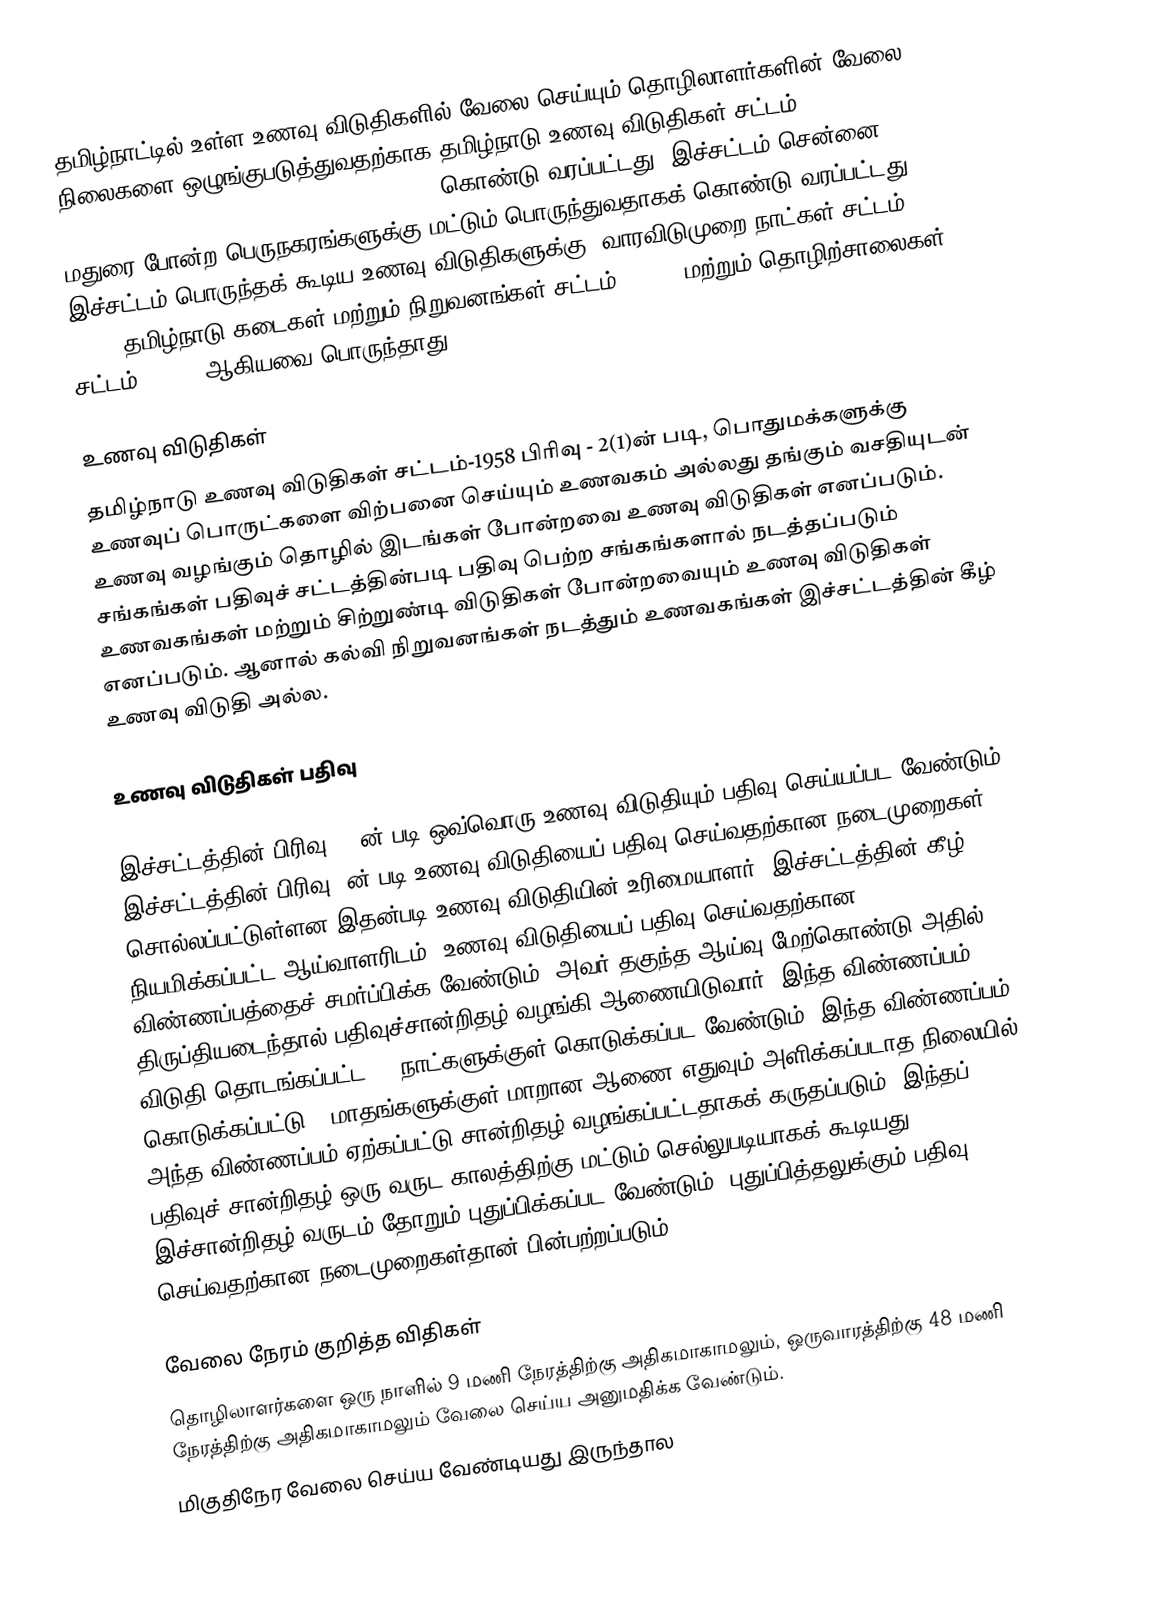
தமிழ்நாட்டில் உள்ள உணவு விடுதிகளில் வேலை செய்யும் தொழிலாளர்களின் வேலை நிலைகளை ஒழுங்குபடுத்துவதற்காக தமிழ்நாடு உணவு விடுதிகள் சட்டம்-1958 w:en: Tamilnadu Catering Establishments Act -1958 கொண்டு வரப்பட்டது. இச்சட்டம் சென்னை, மதுரை போன்ற பெருநகரங்களுக்கு மட்டும் பொருந்துவதாகக் கொண்டு வரப்பட்டது. இச்சட்டம் பொருந்தக் கூடிய உணவு விடுதிகளுக்கு, வாரவிடுமுறை நாட்கள் சட்டம் - 1942, தமிழ்நாடு கடைகள் மற்றும் நிறுவனங்கள் சட்டம் - 1947 மற்றும் தொழிற்சாலைகள் சட்டம் - 1948 ஆகியவை பொருந்தாது.

உணவு விடுதிகள்
தமிழ்நாடு உணவு விடுதிகள் சட்டம்-1958 பிரிவு - 2(1)ன் படி, பொதுமக்களுக்கு உணவுப் பொருட்களை விற்பனை செய்யும் உணவகம் அல்லது தங்கும் வசதியுடன் உணவு வழங்கும் தொழில் இடங்கள் போன்றவை உணவு விடுதிகள் எனப்படும். சங்கங்கள் பதிவுச் சட்டத்தின்படி பதிவு பெற்ற சங்கங்களால் நடத்தப்படும் உணவகங்கள் மற்றும் சிற்றுண்டி விடுதிகள் போன்றவையும் உணவு விடுதிகள் எனப்படும். ஆனால் கல்வி நிறுவனங்கள் நடத்தும் உணவகங்கள் இச்சட்டத்தின் கீழ் உணவு விடுதி அல்ல.

உணவு விடுதிகள் பதிவு

இச்சட்டத்தின் பிரிவு - 3ன் படி ஒவ்வொரு உணவு விடுதியும் பதிவு செய்யப்பட வேண்டும். இச்சட்டத்தின் பிரிவு 4ன் படி உணவு விடுதியைப் பதிவு செய்வதற்கான நடைமுறைகள் சொல்லப்பட்டுள்ளன.இதன்படி உணவு விடுதியின் உரிமையாளர், இச்சட்டத்தின் கீழ் நியமிக்கப்பட்ட ஆய்வாளரிடம், உணவு விடுதியைப் பதிவு செய்வதற்கான விண்ணப்பத்தைச் சமர்ப்பிக்க வேண்டும். அவர் தகுந்த ஆய்வு மேற்கொண்டு அதில் திருப்தியடைந்தால் பதிவுச்சான்றிதழ் வழங்கி ஆணையிடுவார். இந்த விண்ணப்பம் விடுதி தொடங்கப்பட்ட 30 நாட்களுக்குள் கொடுக்கப்பட வேண்டும். இந்த விண்ணப்பம் கொடுக்கப்பட்டு 3 மாதங்களுக்குள் மாறான ஆணை எதுவும் அளிக்கப்படாத நிலையில் அந்த விண்ணப்பம் ஏற்கப்பட்டு சான்றிதழ் வழங்கப்பட்டதாகக் கருதப்படும். இந்தப் பதிவுச் சான்றிதழ் ஒரு வருட காலத்திற்கு மட்டும் செல்லுபடியாகக் கூடியது. இச்சான்றிதழ் வருடம் தோறும் புதுப்பிக்கப்பட வேண்டும். புதுப்பித்தலுக்கும் பதிவு செய்வதற்கான நடைமுறைகள்தான் பின்பற்றப்படும்.

வேலை நேரம் குறித்த விதிகள்
தொழிலாளர்களை ஒரு நாளில் 9 மணி நேரத்திற்கு அதிகமாகாமலும், ஒருவாரத்திற்கு 48 மணி நேரத்திற்கு அதிகமாகாமலும் வேலை செய்ய அனுமதிக்க வேண்டும்.
மிகுதிநேர வேலை செய்ய வேண்டியது இருந்தால